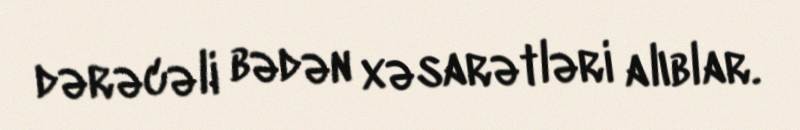
dərəcəli bədən xəsarətləri alıblar.